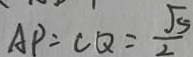
A P = C Q = \frac { \sqrt { 5 } } { 2 }